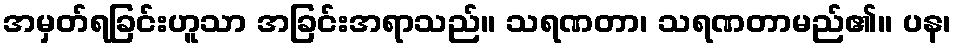
အမှတ်ရခြင်းဟူသာ အခြင်းအရာသည်။ သရဏတာ၊ သရဏတာမည်၏။ ပန၊